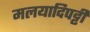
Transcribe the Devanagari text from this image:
मलयादिपट्टी